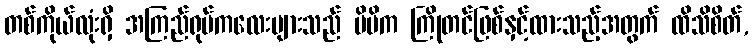
တစ်ကိုယ်လုံးရှိ အကြည်ရုပ်ကလေးများသည် မိမိက ကြိုတင်ဖြစ်နှင့်ထားသည့်အတွက် ထိသိစိတ်,